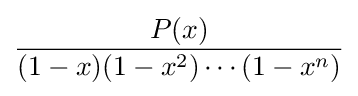
{\frac {P(x)}{(1-x)(1-x^{2})\cdots (1-x^{n})}}